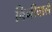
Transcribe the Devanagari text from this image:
बिनीवाले